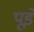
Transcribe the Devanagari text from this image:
पूडे